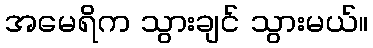
အမေရိက သွားချင် သွားမယ်။